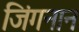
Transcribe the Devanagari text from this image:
जिंगनान